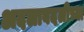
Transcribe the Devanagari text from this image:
अदलाबदलीच्या